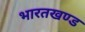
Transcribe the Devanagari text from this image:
भारतखण्ड